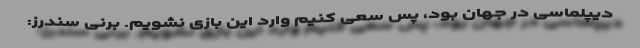
دیپلماسی در جهان بود، پس سعی کنیم وارد این بازی نشویم. برنی سندرز: